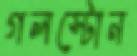
গলস্টোন